Burma Government Medical School reports 1923-41
Year: 1923
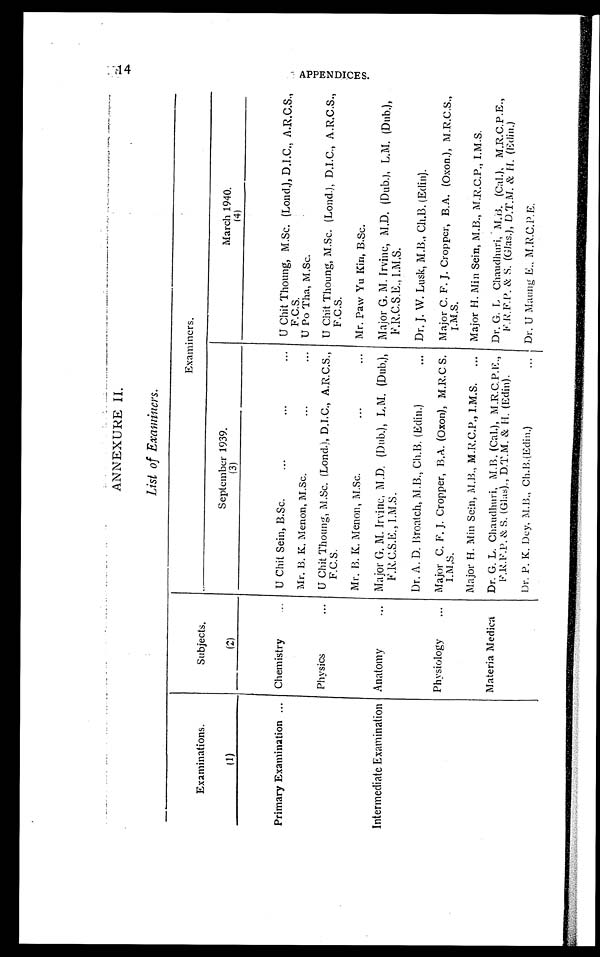
ANNEXURE II.
List of Examiners.
Examinations.
Subjects.
Examiners.
(1)
(2)
September 1939.
(3)
March 1940.
(4)
Primary Examination
Chemistry
U Chit Sein, B.Sc.
U Chit Thoung, M.Sc. (Lond.), D.I.C., A.R.C.S.,
F.C.S.
Mr. B. K. Menon, M.Sc.
U Po Tha, M.Sc.
Physics
U Chit Thoung, M.Sc. (Lond.), D.I.C., A.R.C.S.,
F.C.S.
U Chit Thoung, M.Sc. (Lond.), D.I.C., A.R.C.S.,
F.C.S.
Mr. B. K. Menon, M.Sc.... ...
Mr. Paw Yu Kin, B.Sc.
Intermediate Examination Anatomy
Major G. M. Irvine, M.D. (Dub.), L.M. (Dub.),
F.R.C.S.E., I.M.S.
Major G. M. Irvine, M.D. (Dub.), L.M. (Dub.),
F.R.C.S.E., I.M.S.
Dr. A. D. Broatch, M.B., Ch.B. (Edin.)
Dr. J. W. Lusk, M.B., Ch.B. (Edin).
Physiology
Major C. F. J. Cropper, B.A. (Oxon), M.R.C. S.
I.M,S.
Major C. F. J. Cropper, B.A. (Oxon.), M.R.C.S.,
I.M.S.
Major H. Min Sein, M.B., M.R.C.P., I.M.S.
Major H. Min Sein, M.B., M.R.C.P., I.M.S.
Materia Medica Dr. G. L. Chaudhuri, M.B. (Cal.), M.R.C.P.E.,
F.R.F.P. & S. (Glas)., D.T.M. & H. (Edin).
Dr. G. L Chaudhuri, M.B. (Cal.), M.R.C.P.E.,
F.R.F.P. & S. (Glas.), D.T.M. & H. (Edin.)
Dr. P. K. Dey, M.B., Ch.B. (Edin.)
Dr. U Maung E., M.R.C.P.E.